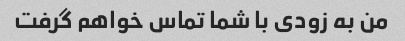
من به زودی با شما تماس خواهم گرفت